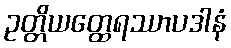
ဥတ္တိယတ္ထေရဿာပဒါနံ